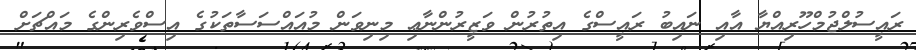
ރައީސުލްޖުމްހޫރިއްޔާ އާއި ނައިބު ރައީސްގެ އިތުރުން ވަޒީރުންނާޢި މިނިވަން މުއައްސަސާތަކުގެ އިސްވެރިންގެ މައްޗަށް